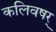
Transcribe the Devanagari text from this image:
कलिवषर्